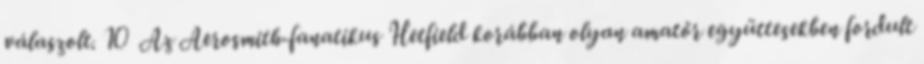
válaszolt. 10 Az Aerosmith-fanatikus Hetfield korábban olyan amatőr együttesekben fordult